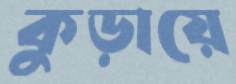
কুড়ায়ে